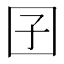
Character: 囝